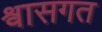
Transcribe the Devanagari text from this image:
श्वासगत